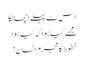
اس سے پہلے اچھا لگا
مجھے کیا ہوا کہ کیا ہوا.
خطوط کا مجرم انسان!